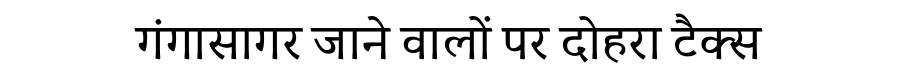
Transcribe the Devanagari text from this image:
गंगासागर जाने वालों पर दोहरा टैक्स